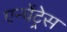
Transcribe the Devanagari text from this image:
एन्चेंट्रेस